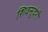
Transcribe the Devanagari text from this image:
शिवसुदरी